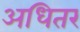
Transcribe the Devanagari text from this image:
अधितर